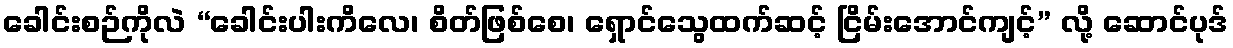
ခေါင်းစဉ်ကိုလဲ “ခေါင်းပါးကိလေ၊ စိတ်ဖြစ်စေ၊ ရှောင်သွေထက်ဆင့် ငြိမ်းအောင်ကျင့်” လို့ ဆောင်ပုဒ်